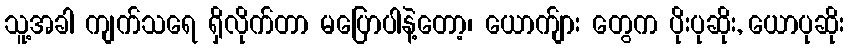
သူ့အခါ ကျက်သရေ ရှိလိုက်တာ မပြောပါနဲ့တော့၊ ယောက်ျား တွေက ပိုးပုဆိုး, ယောပုဆိုး